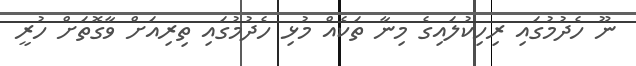
ނޫ ހެދުމުގައި ރިހިކުލައިިގެ މިނާ ތަކެއް މުޅި ހެދުމުގައި ތިިރިއަށް ވާގޮތަށް ހުރީ